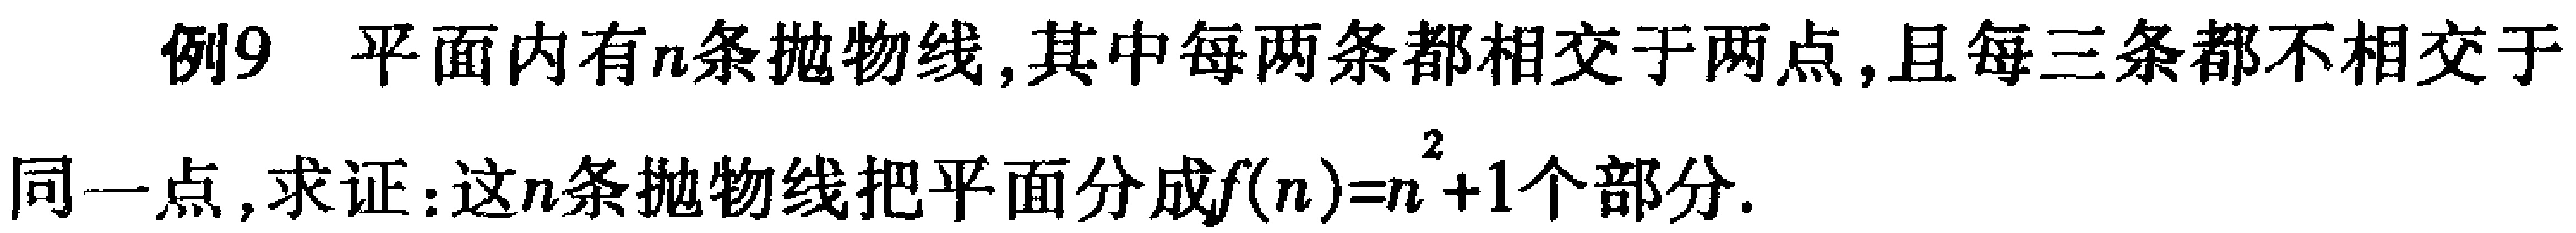
例9 平面内有\(n\)条抛物线,其中每两条都相交于两点,且每三条都不相交于
同一点,求证:这\(n\)条抛物线把平面分成\(f(n)=n^{2}+1\)个部分.